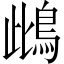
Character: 䳄